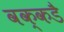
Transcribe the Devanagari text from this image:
वक्कडै